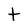
Character: t